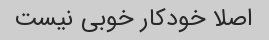
اصلا خودکار خوبی نیست